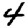
Digit: 4